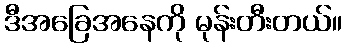
ဒီအခြေအနေကို မုန်းတီးတယ်။